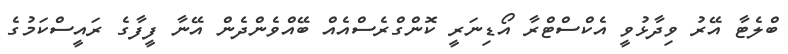
ބްލެޓާ އޭރު ވިދާޅުވީ އެކްސްޓްރާ އޯޑިނަރީ ކޮންގްރެސްއެއް ބޭއްވެންދެން އޭނާ ފީފާގެ ރައީސްކަމުގެ